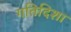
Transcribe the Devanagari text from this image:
गतिदिशा